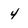
Character: 4